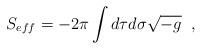
LaTeX: \begin{align*} S_{eff}=-2\pi\int d\tau d\sigma \sqrt{-g} \;\;,\end{align*}